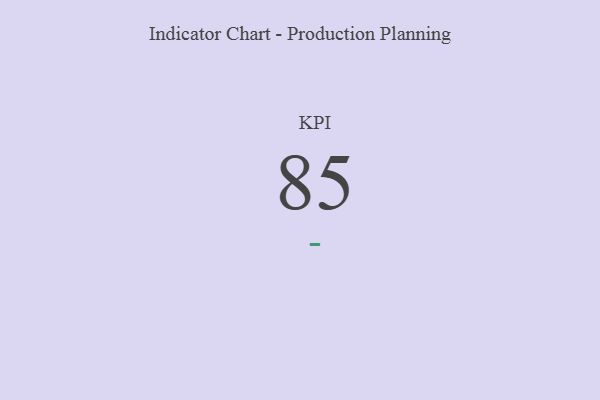
{"axis": {"x": "KPI", "y": "Value"}, "legend": [""], "data": [{"x": "KPI", "y": 85, "type": ""}]}